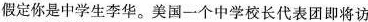
假定你是中学生李华。美国一个中学校长代表团即将访